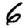
Digit: 6